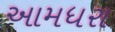
આમધરા